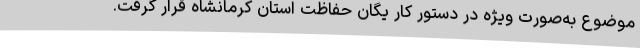
موضوع به‌صورت ویژه در دستور کار یگان حفاظت استان کرمانشاه قرار گرفت.